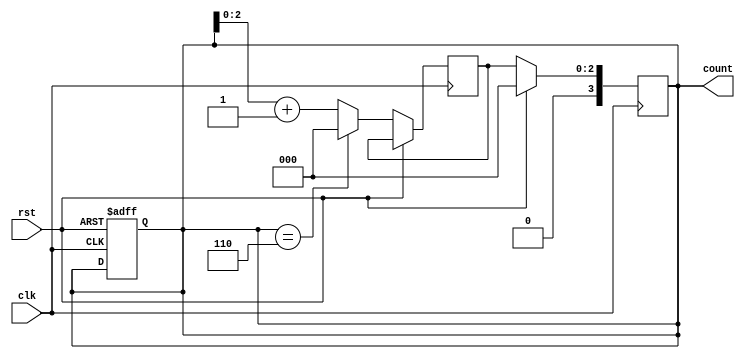
module ModulusCounter(
    input wire clk,
    input wire rst,
    output reg [3:0] count
);

reg [2:0] modulus = 7; // Specify the maximum value
reg [2:0] max_value = modulus - 1; // Calculate the maximum count value
reg [2:0] next_count;

always @(posedge clk or posedge rst) begin
    if (rst) begin
        count <= 0;
    end else begin
        if (count == max_value) begin
            next_count <= 0;
        end else begin
            next_count <= count + 1;
        end
    end
end

always @(posedge clk) begin
    if (rst) begin
        count <= 0;
    end else begin
        count <= next_count;
    end
end

endmodule